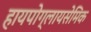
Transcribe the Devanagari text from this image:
हायपोग्लायसेमिक